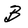
Character: b